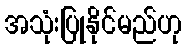
အသုံးပြုနိုင်မည်ဟု